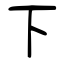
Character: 下